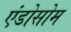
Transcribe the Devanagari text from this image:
एंडोसोम